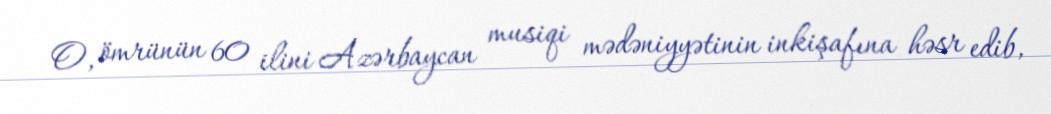
O, ömrünün 60 ilini Azərbaycan musiqi mədəniyyətinin inkişafına həsr edib,